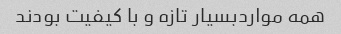
همه مواردبسیار تازه و با کیفیت بودند